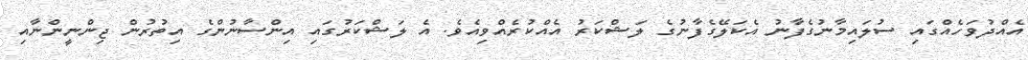
އެއްދުވަހެއްގައި ސުލައިމާނުގެފާނު އެކަލޭގެފާނުގެ ލަޝްކަރު އެއްކުރެއްވިއެވެ. އެ ލަޝްކަރުގައި އިންސާނުންގެ އިތުރުން ޖިންނީންނާއި